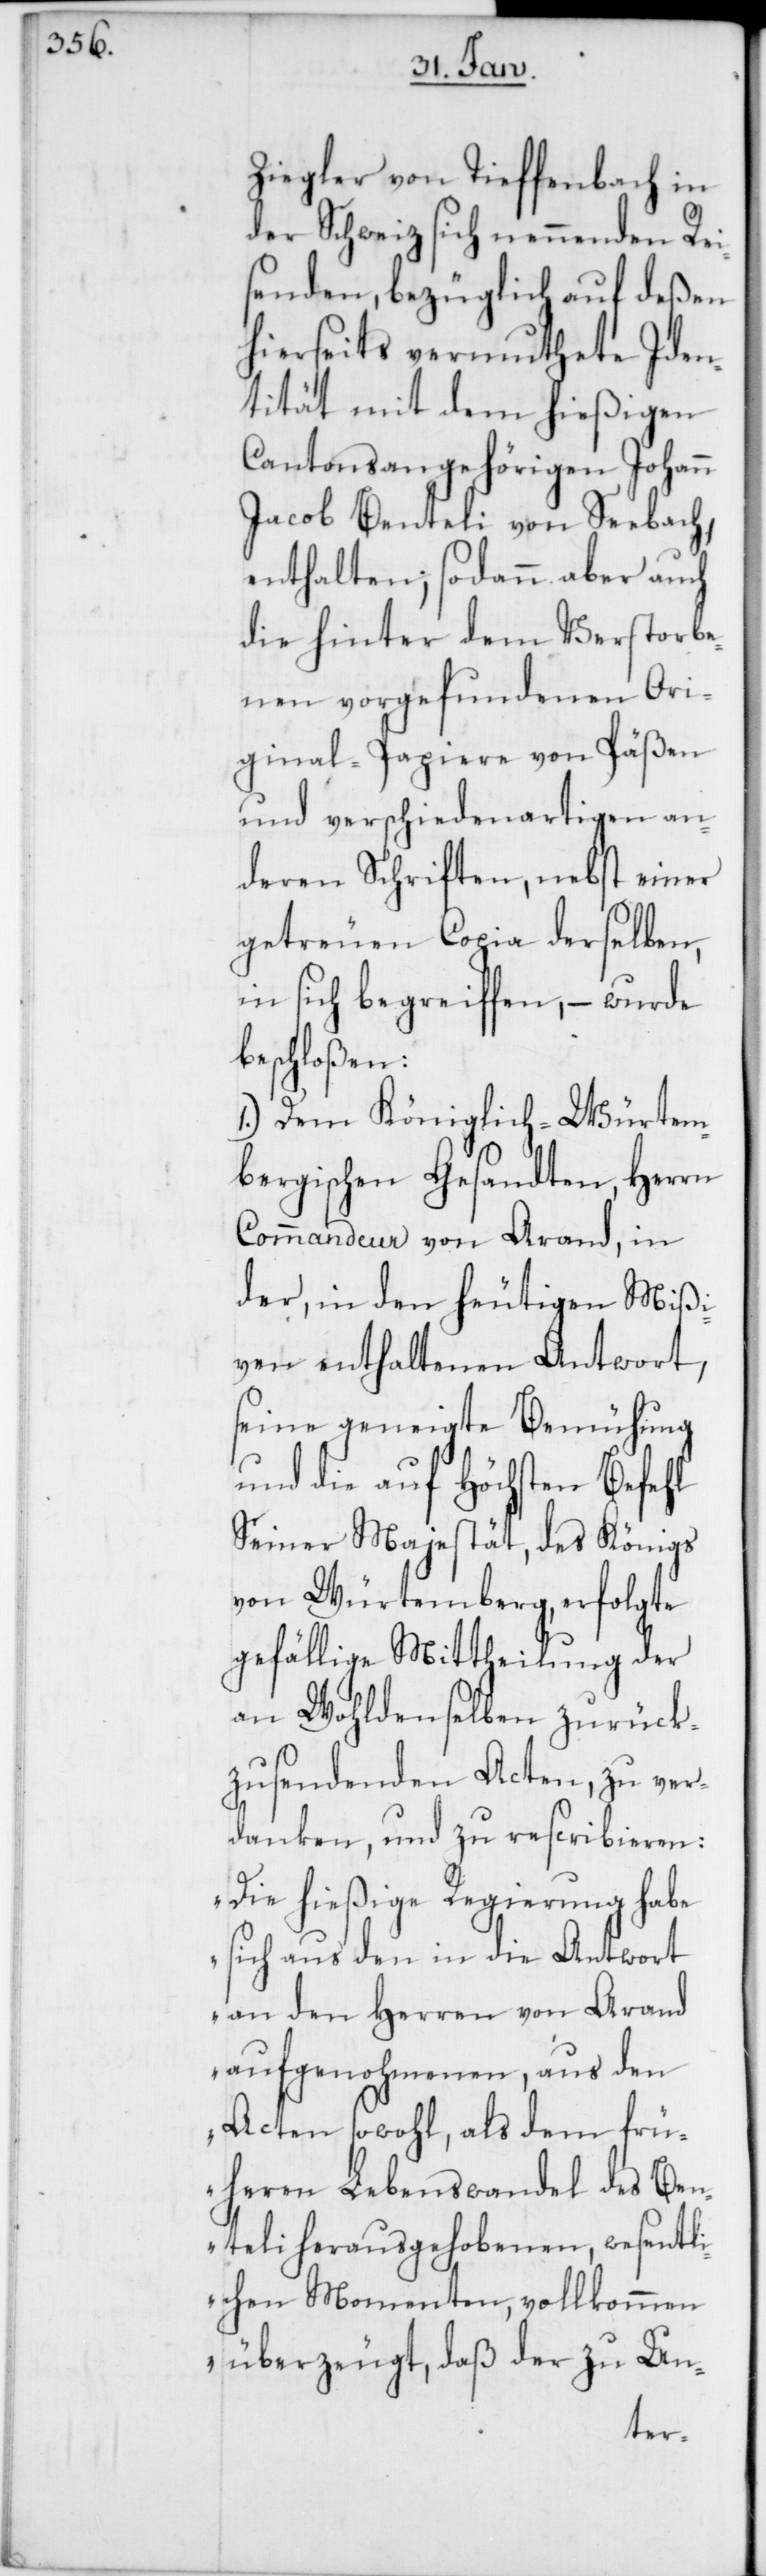
Ziegler von Tieffenbach in
der Schweiz sich nennenden Rei¬
senden, bezüglich auf deßen
hierseits vermuthete Iden¬
tität mit dem hießigen
Cantonsangehörigen Johann
Jacob Benteli von Seebach,
enthalten; sodann aber auch
die hinter dem Verstorbe¬
nen vorgefundenen Ori¬
ginal-Papiere von Päßen
und verschiedenartigen an¬
deren Schriften, nebst einer
getreuen Copia derselben,
in sich begreiffen, – wurde
beschloßen:
1.) Dem Königlich-Würtem¬
bergischen Gesandten, Herrn
Commandeur von Arand, in
der, in den heutigen Mißi¬
ven enthaltenen Antwort,
seine geneigte Bemühung
und die auf Höchsten Befehl
Seiner Majestät, des Königs
von Würtemberg, erfolgte
gefällige Mittheilung der
an Wohldenselben zurück¬
zusendenden Acten, zu ver¬
danken, und zu rescribieren:
„Die hießige Regierung habe
sich aus den in die Antwort
an den Herren von Arand
aufgenohmenen, aus den
Acten sowohl, als dem frü¬
heren Lebenswandel des Ben¬
teli herausgehobenen wesentl¬
ichen Momenten, vollkommen
überzeugt, daß der zu Un-